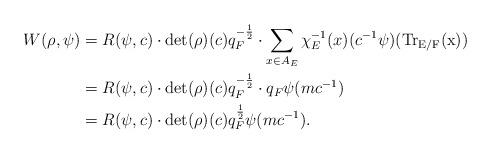
LaTeX: \begin{align*} W(\rho,\psi) &=R(\psi,c)\cdot\det(\rho)(c)q_F^{-\frac{1}{2}}\cdot\sum_{x\in A_E}\chi_E^{-1}(x)(c^{-1}\psi)(\rm{Tr}_{E/F}(x))\\ &=R(\psi,c)\cdot\det(\rho)(c)q_F^{-\frac{1}{2}}\cdot q_F\psi(mc^{-1})\\ &=R(\psi,c)\cdot\det(\rho)(c)q_F^{\frac{1}{2}}\psi(mc^{-1}).\end{align*}